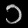
Digit: ၁